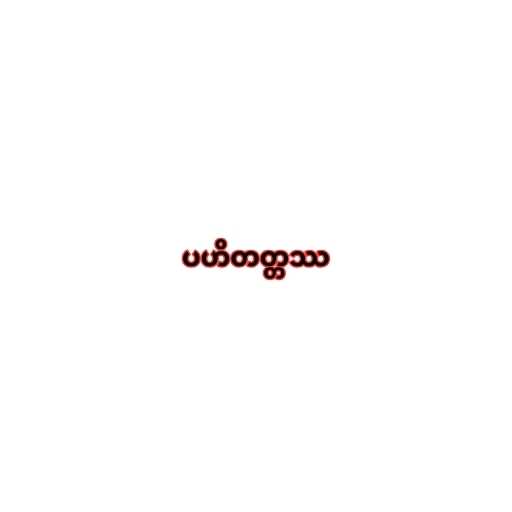
ပဟိတတ္တဿ